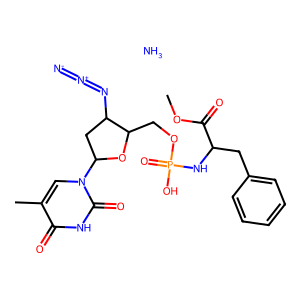
SMILES: COC(=O)C(Cc1ccccc1)NP(=O)(O)OCC1OC(n2cc(C)c(=O)[nH]c2=O)CC1N=[N+]=[N-].N
Inhibits HIV replication: Yes